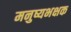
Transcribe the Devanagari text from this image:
मनुष्यभक्षक